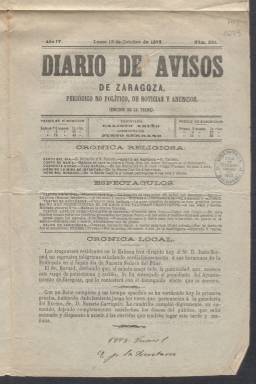
Título: Diario de avisos de Zaragoza
Colección: Periódicos
Ámbito geográfico: Zaragoza
Lugar de publicación: Zaragoza
Fechas: 13/10/1873-20/06/1888